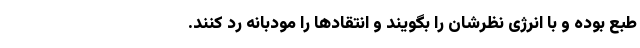
طبع بوده و با انرژی نظرشان را بگویند و انتقاد‌ها را مودبانه رد کنند.